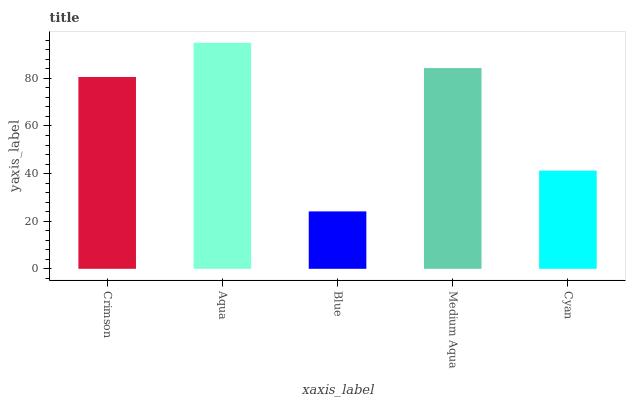
| xaxis_label | bars |
 | --- | --- |
 | Crimson | 80.6 |
 | Aqua | 95 |
 | Blue | 24.1 |
 | Medium Aqua | 84.3 |
 | Cyan | 41.2 |